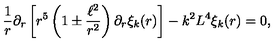
\frac { 1 } { r } \partial _ { r } \left[ r ^ { 5 } \left( 1 \pm \frac { \ell ^ { 2 } } { r ^ { 2 } } \right) \partial _ { r } \xi _ { k } ( r ) \right] - k ^ { 2 } L ^ { 4 } \xi _ { k } ( r ) = 0 ,